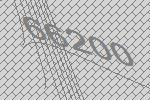
66200